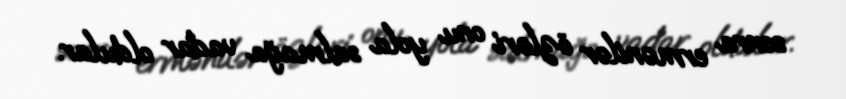
sonra ermənilər özləri onu yola salmağa vadar oldular.